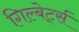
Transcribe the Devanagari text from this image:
गिल्बेर्ट्स